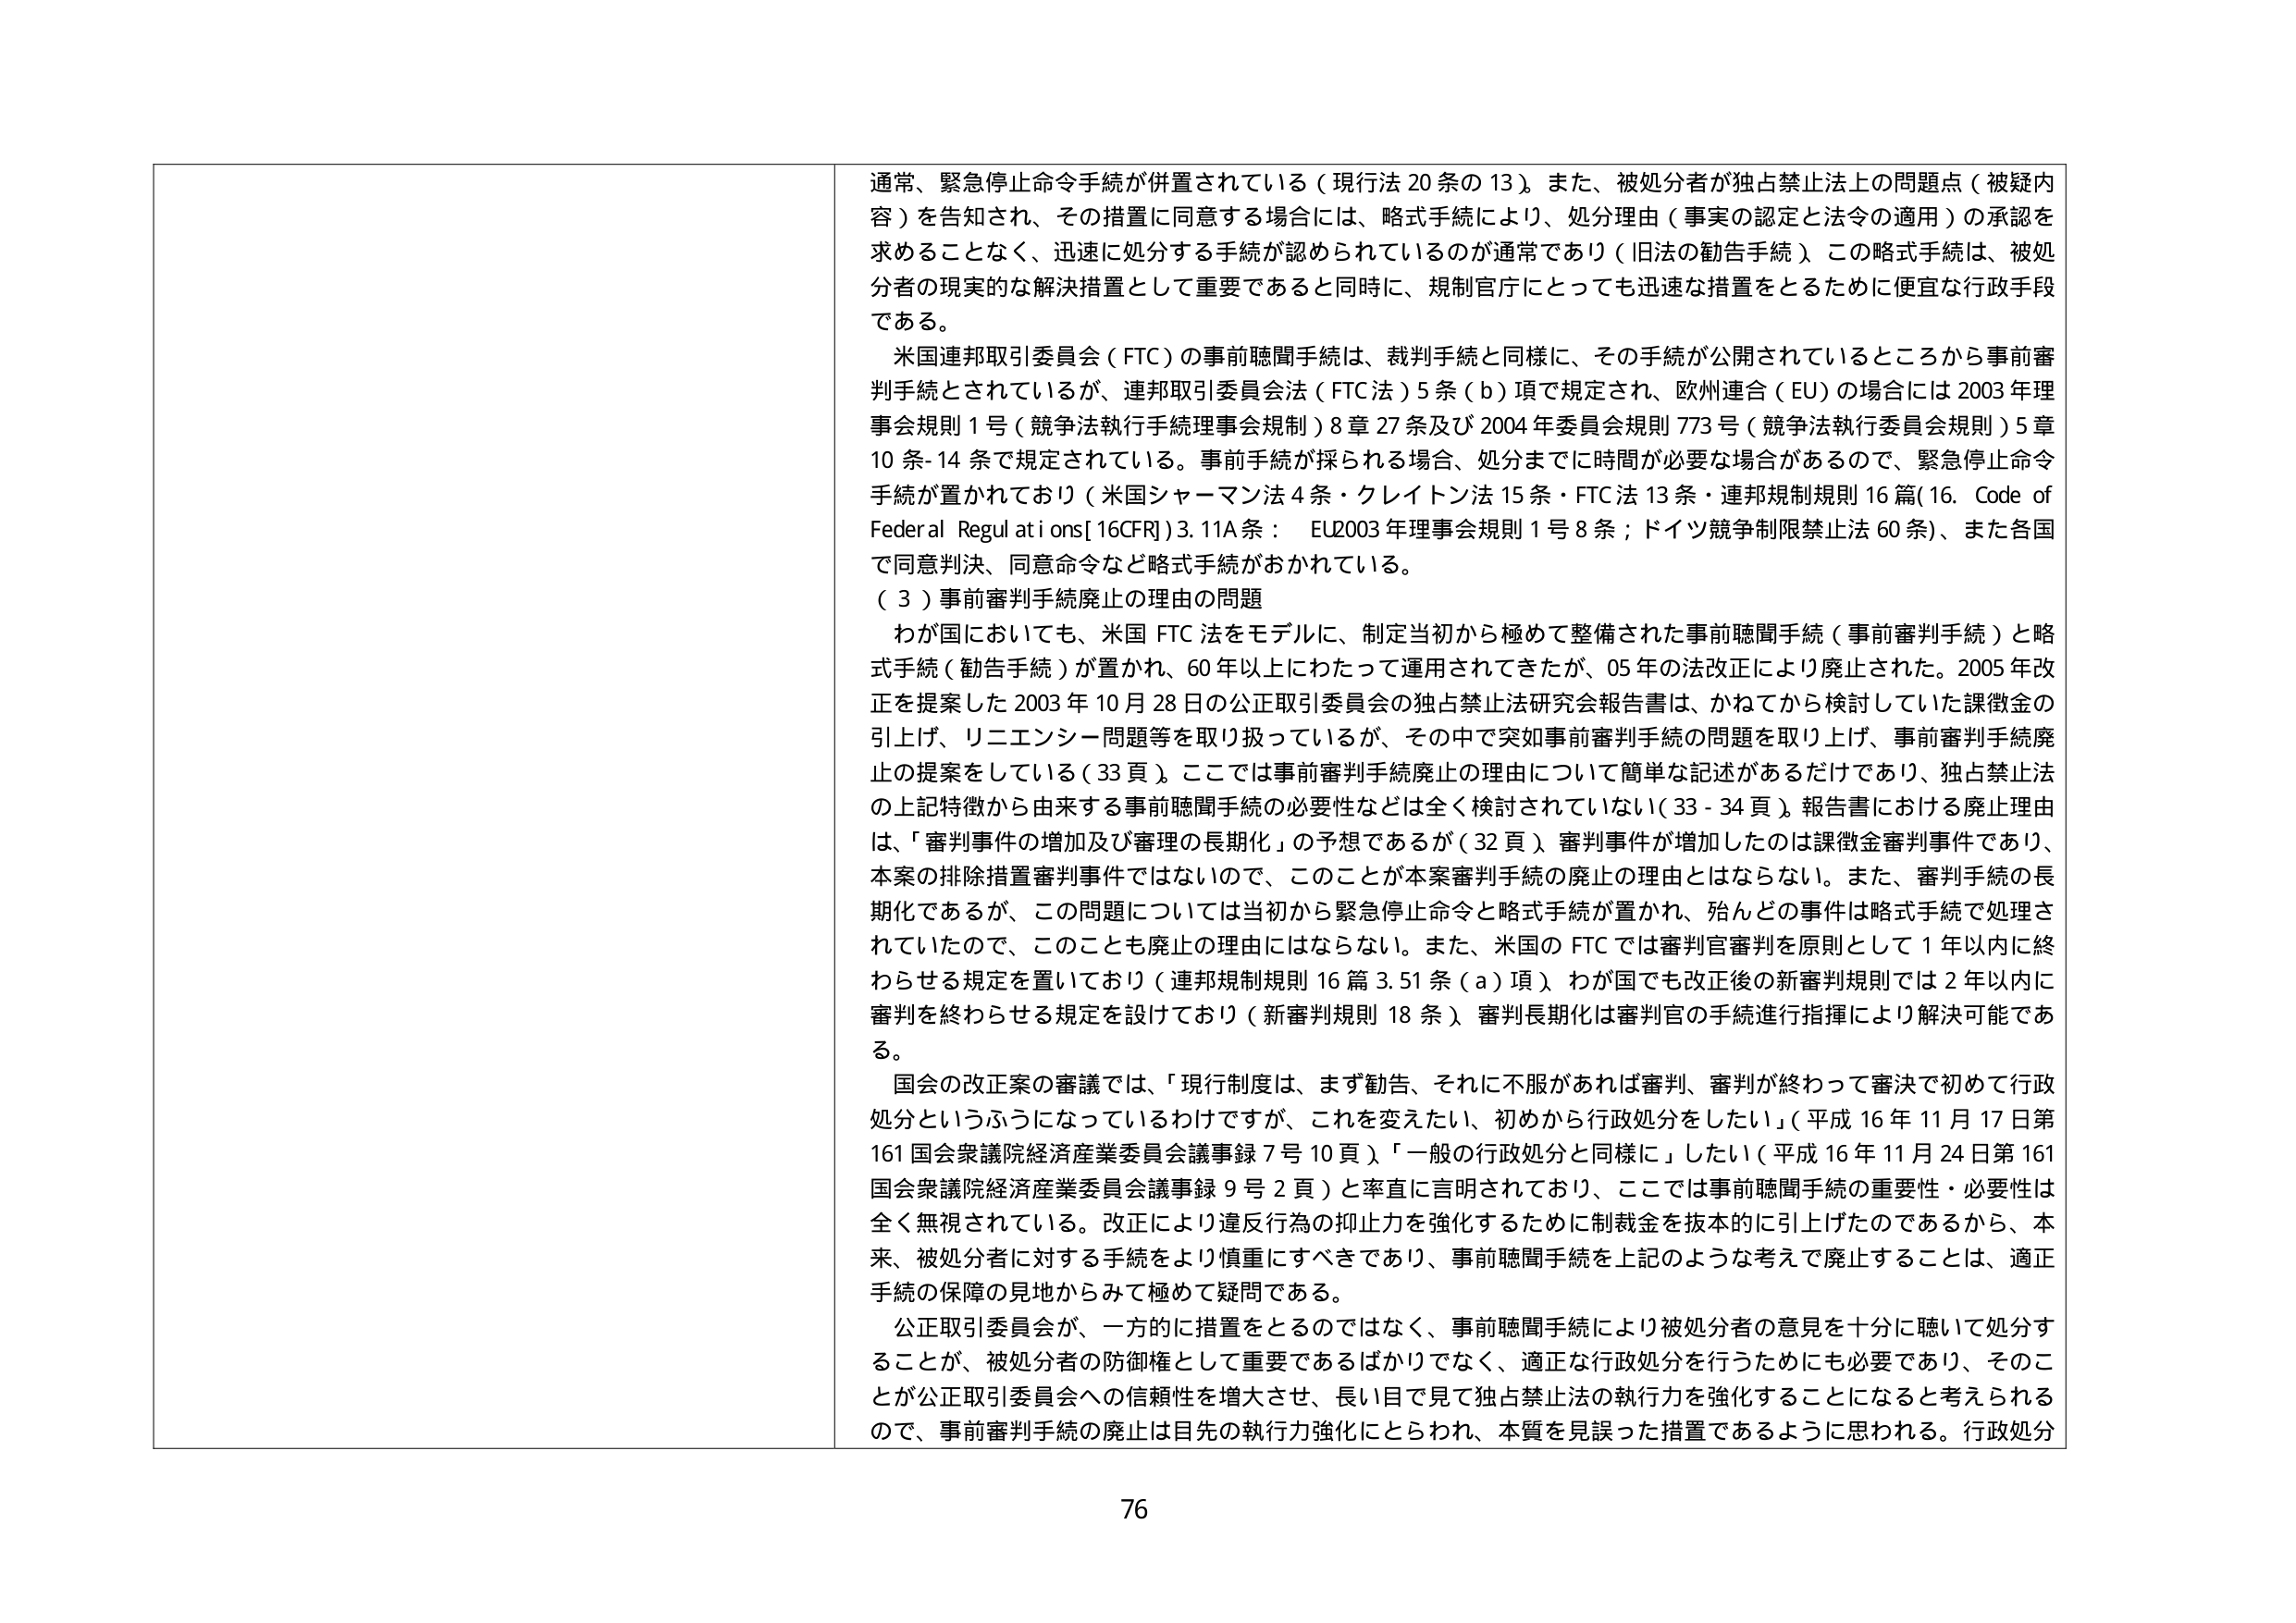
通常、緊急停止命令手続が併置されている（現行法20条の13）。また、被処分者が独占禁止法上の問題点（被疑内容）を告知され、その措置に同意する場合には、略式手続により、処分理由（事実の認定と法令の適用）の承認を求めることなく、迅速に処分する手続が認められているのが通常であり（旧法の勧告手続）、この略式手続は、被処分者の現実的な解決措置として重要であると同時に、規制官庁にとっても迅速な措置をとるために便宜な行政手段である。

米国連邦取引委員会（FTC）の事前聴聞手続は、裁判手続と同様に、その手続が公開されているところから事前審判手続とされているが、連邦取引委員会法（FTC法）5条（b）項で規定され、欧州連合（EU）の場合には2003年理事会規則1号（競争法執行手続理事会規則）8章27条及び2004年委員会規則773号（競争法執行委員会規則）5章10条-14条で規定されている。事前手続が採られる場合、処分までに時間が必要な場合があるので、緊急停止命令手続が置かれており（米国シャーマン法4条・クレイトン法15条・FTC法13条・連邦規制規則16篇(16. Code of Federal Regulations[16CFR])3.11A条：EU2003年理事会規則1号8条；ドイツ競争制限禁止法60条）、また各国で同意判決、同意命令など略式手続がおかれていている。

（3）事前審判手続廃止の理由の問題

わが国においても、米国FTC法をモデルに、制定当初から極めて整備された事前聴聞手続（事前審判手続）と略式手続（勧告手続）が置かれ、60年以上にわたって運用されてきたが、05年の法改正により廃止された。2005年改正を提案した2003年10月28日の公正取引委員会の独占禁止法研究会報告書は、かねてから検討していた課徴金の引上げ、リニエンシー問題等を取り扱っているが、その中で突如事前審判手続の問題を取り上げ、事前審判手続廃止の提案をしている（33頁）。ここでは事前審判手続廃止の理由について簡単な記述があるだけであり、独占禁止法の上記特徴から由来する事前聴聞手続の必要性などは全く検討されていない（33-34頁）。報告書における廃止理由は、「審判事件の増加及び審理の長期化」の予想であるが（32頁）、審判事件が増加したのは課徴金審判事件であり、本案の排除措置審判事件ではないので、このことが本案審判手続の廃止の理由とはならない。また、審判手続の長期化であるが、この問題については当初から緊急停止命令と略式手続が置かれ、殆どの事件は略式手続で処理されていたので、このことも廃止の理由にはならない。また、米国のFTCでは審判官審判を原則として1年以内に終わらせる規定を置いており（連邦規制規則16篇3.51条（a）項）、わが国でも改正後の新審判規則では2年以内に審判を終わらせる規定を設けており（新審判規則18条）、審判長期化は審判官の手続進行指揮により解決可能である。

国会の改正案の審議では、「現行制度は、まず勧告、それに不服があれば審判、審判が終わって審決で初めて行政処分というふうになっているわけですが、これを変えたい、初めから行政処分をしたい」（平成16年11月17日第161国会衆議院経済産業委員会議事録7号10頁）、「一般の行政処分と同様に」したい（平成16年11月24日第161国会衆議院経済産業委員会議事録9号2頁）と率直に言明されており、ここでは事前聴聞手続の重要性・必要性は全く無視されている。改正により違反行為の抑止力を強化するために制裁金を抜本的に引上げたのであるから、本来、被処分者に対する手続をより慎重にすべきであり、事前聴聞手続を上記のような考えで廃止することは、適正手続の保障の見地からみて極めて疑問である。

公正取引委員会が、一方的に措置をとるのではなく、事前聴聞手続により被処分者の意見を十分に聴いて処分することが、被処分者の防御権として重要であるばかりでなく、適正な行政処分を行うためにも必要であり、そのことが公正取引委員会への信頼性を増大させ、長い目で見て独占禁止法の執行力を強化することになると考えられるので、事前審判手続の廃止は目先の執行力強化にとらわれ、本質を見誤った措置であるように思われる。行政処分

76